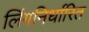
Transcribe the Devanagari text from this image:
लिंगनिर्धारित